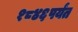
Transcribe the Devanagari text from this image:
१८४६पर्यंत